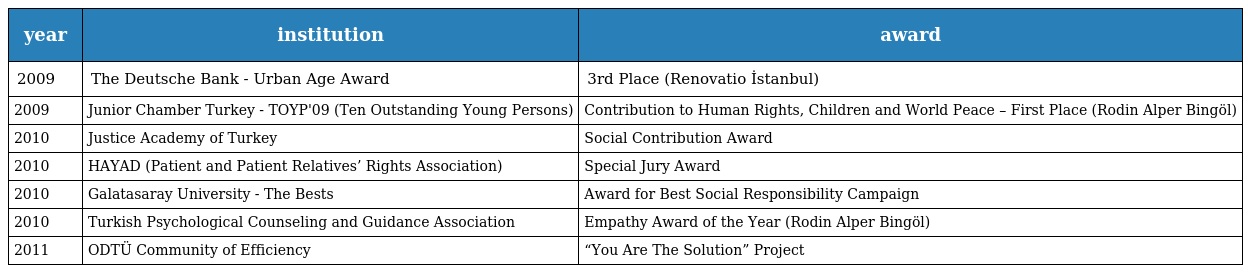
| year | institution | award |
 | --- | --- | --- |
 | 2009 | The Deutsche Bank - Urban Age Award | 3rd Place (Renovatio İstanbul) |
 | 2009 | Junior Chamber Turkey - TOYP'09 (Ten Outstanding Young Persons) | Contribution to Human Rights, Children and World Peace – First Place (Rodin Alper Bingöl) |
 | 2010 | Justice Academy of Turkey | Social Contribution Award |
 | 2010 | HAYAD (Patient and Patient Relatives’ Rights Association) | Special Jury Award |
 | 2010 | Galatasaray University - The Bests | Award for Best Social Responsibility Campaign |
 | 2010 | Turkish Psychological Counseling and Guidance Association | Empathy Award of the Year (Rodin Alper Bingöl) |
 | 2011 | ODTÜ Community of Efficiency | “You Are The Solution” Project |